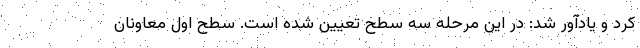
کرد و یادآور شد: در این مرحله سه سطح تعیین شده است. سطح اول معاونان